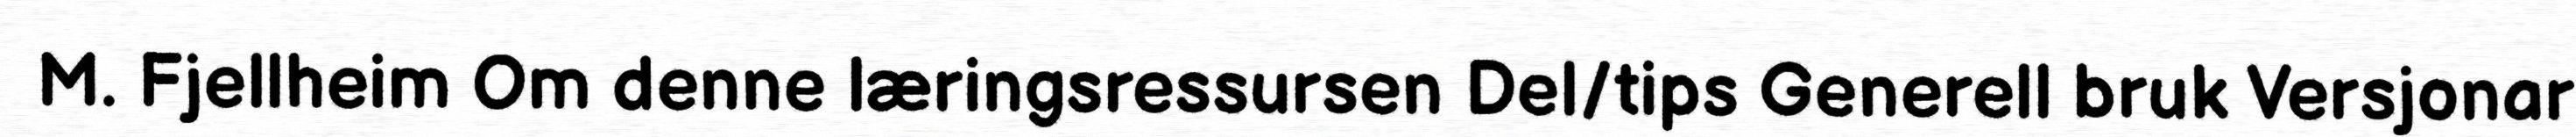
M. Fjellheim Om denne læringsressursen Del/tips Generell bruk Versjonar